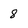
Character: 8